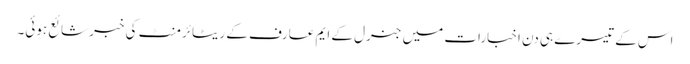
اس کے تیسرے ہی دن اخبارات میں جنرل کے ایم عارف کے ریٹائرمنٹ کی خبر شائع ہوئی۔